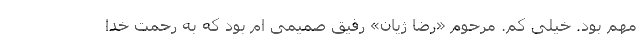
مهم بود. خیلی کم. مرحوم «رضا ژیان» رفیق صمیمی ام بود که به رحمت خدا